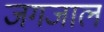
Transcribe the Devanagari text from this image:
जगजाल